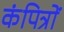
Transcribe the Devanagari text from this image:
कंपित्रों